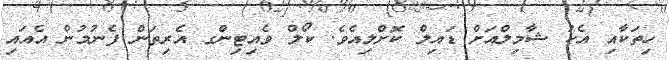
ހިތަކާއި އެކު ޝާމިލްއަށް ޑައިލް ކޮށްލިއެވެ. ކޯލް ވެއިޓިންގ އެރިތަން ފެނުމުން އެއައި